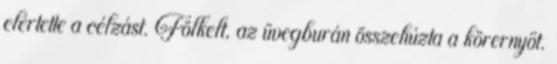
elértette a célzást. Fölkelt, az üvegburán összehúzta a körernyőt.